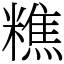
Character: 𥼚